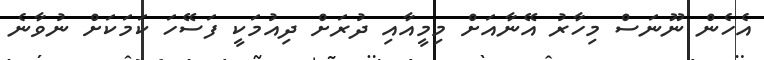
އެހެން ނޫނަސް މިހާރު އޭނާއަށް މިމީއާއި ދުރަށް ދިއުމަކީ ފަސޭހަ ކަމަކަށް ނުވާނެ